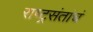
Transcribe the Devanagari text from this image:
राष्ट्रसंतांचं